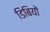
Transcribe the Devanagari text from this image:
डिबियों